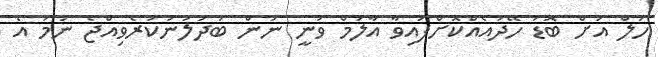
ހަލް އަށް ބޮޑު ހޭދައެއްކޮށްފައިވާ އާލަމް ވަނީ ނަން ބަދަލުނުކުރެވިއްޖެ ނަމަ އެ